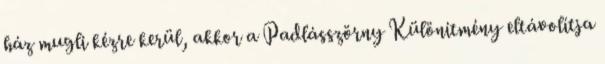
ház mugli kézre kerül, akkor a Padlásszörny Különítmény eltávolítja